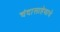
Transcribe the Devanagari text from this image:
चंदासाहेबाचे